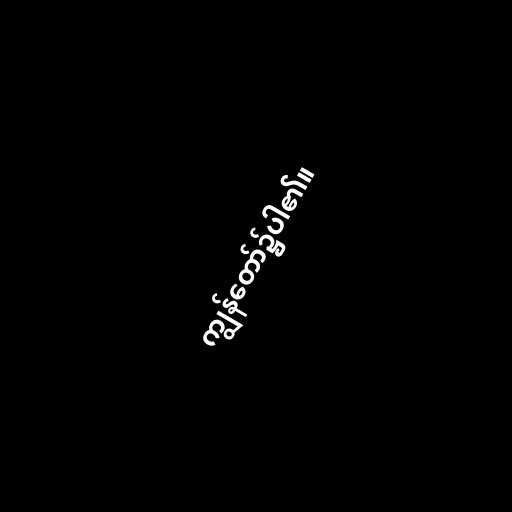
ကျွန်တော်၌ပါ၏။